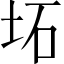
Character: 坧